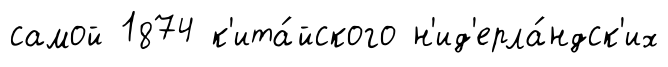
самой 1874 к'ита́йского н'ид'ерла́ндск'их